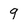
Character: 9